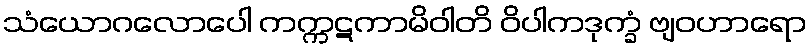
သံယောဂလောပေါ ကက္ကဋကာမိဝါတိ ဝိပါကဒုက္ခံ ဗျဝဟာရော